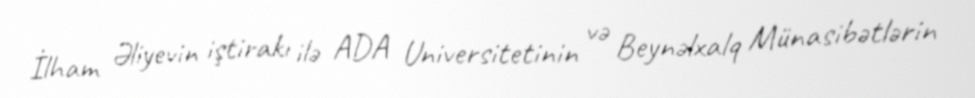
İlham Əliyevin iştirakı ilə ADA Universitetinin və Beynəlxalq Münasibətlərin